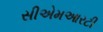
સીએમઆરટી